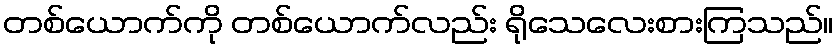
တစ်ယောက်ကို တစ်ယောက်လည်း ရိုသေလေးစားကြသည်။